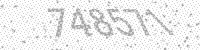
Solution: 748571